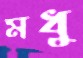
মধু